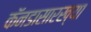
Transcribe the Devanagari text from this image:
कॅनडासारख्या